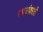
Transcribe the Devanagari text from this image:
स्थळांवरती